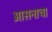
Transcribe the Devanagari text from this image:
आसनाचा